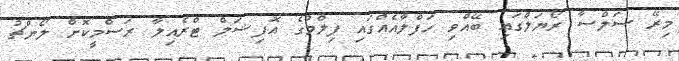
މިރޭ ސަލްސާ ރޯޔަލްގައި ބޭއްވި ހަފްލާއެއްގައި ފިލްމުގެ އޮފިޝަލް ޓްރެއިލާ ރަސްމީކޮށް ލޯންޗު